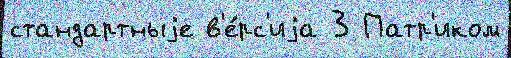
стандартныjе в'е́рс'иjа 3 Патр'иком